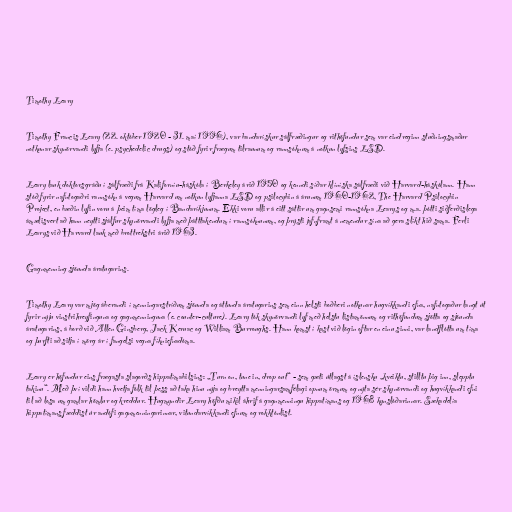
Timothy Leary

Timothy Francis Leary (22. október 1920 - 31. maí 1996), var bandarískur sálfræðingur og rithöfundur sem var eindreginn stuðningsmaður
notkunar skynörvandi lyfja (e. psychedelic drugs) og stóð fyrir frægum tilraunum og rannsóknum á notkun lyfsins LSD.

Leary lauk doktorsgráðu í sálfræði frá Kaliforníu-háskóla í Berkeley árið 1950 og kenndi síðar klíníska sálfræði við Harvard-háskólann. Hann
stóð fyrir nafntogaðri rannsókn á vegum Harvard um notkun lyfjanna LSD og psilocybin á árunum 1960-1962, The Harvard Psilocybin
Project, en bæðin lyfin voru á þeim tíma lögleg í Bandaríkjunum. Ekki voru allir á eitt sáttir um gagnsemi rannsókna Learys og m.a. þótti siðferðislega
ámælisvert að hann neytti sjálfur skynörvandi lyfja með þátttakendum í rannsóknunum, og þrýsti jafnframt á nemendur sína að gera slíkt hið sama. Ferli
Learys við Harvard lauk með brottrekstri árið 1963.

Gagnmenning sjöunda áratugarins.

Timothy Leary var mjög áberandi í menningarstríðum sjöunda og áttunda áratugarins sem einn helsti boðberi notkunar hugvíkkandi efna, nafntogaður langt út
fyrir nýju vinstrihreyfinguna og gagnmenninguna (e. counter-culture). Leary tók skynörvandi lyf með helstu listamönnum og rithöfundum sjötta og sjöunda
áratugarins, á borð við Allen Ginsberg, Jack Keruac og William Burroughs. Hann komst í kast við lögin oftar en einu sinni, var landflótta um tíma
og þurfti að sitja í mörg ár í fangelsi vegna fíkniefnadóma.

Leary er höfundur eins frægasta slagorðs hippatímabilsins: „Turn on, tune in, drop out“ - sem gæti útlagst á íslensku „kveiktu, stilltu þig inn, slepptu
takinu“. Með því vildi hann hvetja fólk til þess að taka hinu nýja og breytta menningarsamfélagi opnum örmum og nýta sér skynörvandi og hugvíkkandi efni
til að losa um gamlar hömlur og kreddur. Hugmyndir Leary höfðu mikil áhrif á gagnmenningu hippatímans og 1968 kynslóðarinnar. Sækadelía
hippatímans fæddist úr andófi gagnmenningarinnar, vitundarvíkkandi efnum og rokktónlist.